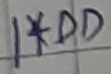
Text: 1*DD